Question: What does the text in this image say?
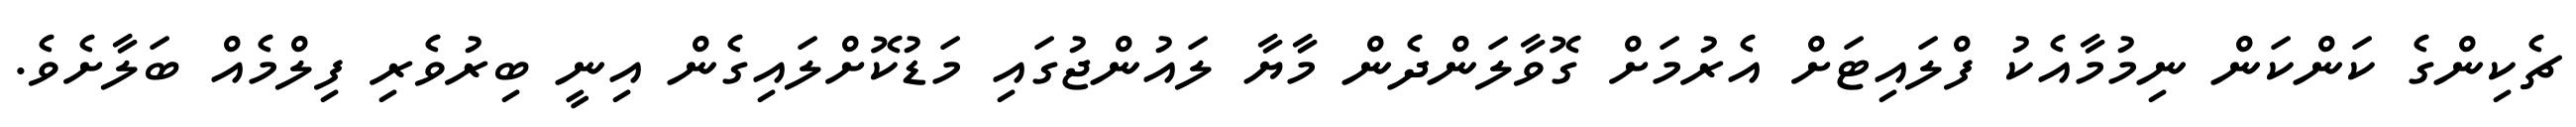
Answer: ޗެކިންގެ ކަންކަން ނިމުމާއެކު ފްލައިޓަށް އެރުމަށް ގޮވާލަންދެން މާޔާ ލައުންޖުގައި މަޑުކޮށްލައިގެން އިނީ ބިރުވެރި ފިލްމެއް ބަލާށެވެ.